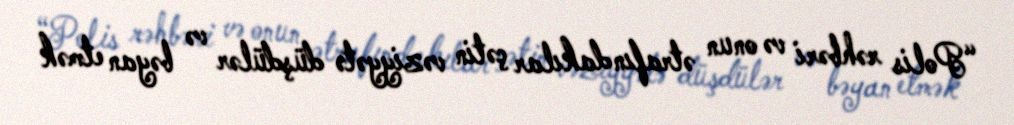
“Polis rəhbəri və onun ətrafındakılar çətin vəziyyətə düşdülər və bəyan etmək